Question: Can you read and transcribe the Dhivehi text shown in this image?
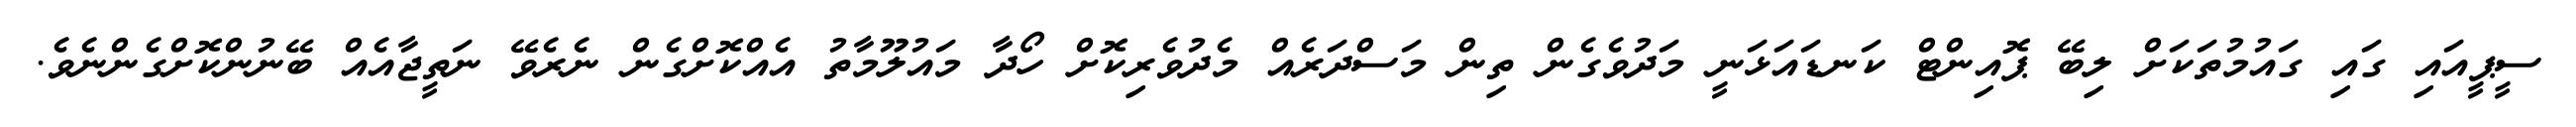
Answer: ސީޕީއައި ގައި ގައުމުތަކަށް ލިބޭ ޕޮއިންޓް ކަނޑައަޅަނީ މަދުވެގެން ތިން މަސްދަރެއް މެދުވެރިކޮށް ހޯދާ މައުލޫމާތު އެއްކޮށްގެން ނެރެވޭ ނަތީޖާއެއް ބޭނުންކޮށްގެންނެވެ.